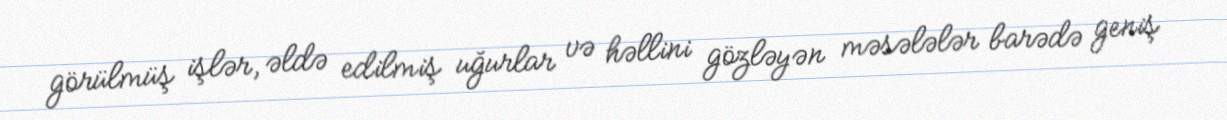
görülmüş işlər, əldə edilmiş uğurlar və həllini gözləyən məsələlər barədə geniş